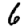
Digit: 6